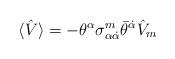
LaTeX: \begin{align*}\langle \hat{V} \rangle = -\theta^{\alpha}\sigma^{m}_{\alpha\dot{\alpha}}\bar{\theta}^{\dot{\alpha}}\hat{V}_{m}\end{align*}